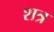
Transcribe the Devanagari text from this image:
शत्र